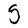
Character: S